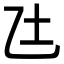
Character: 𫡢